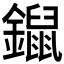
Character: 𨭿